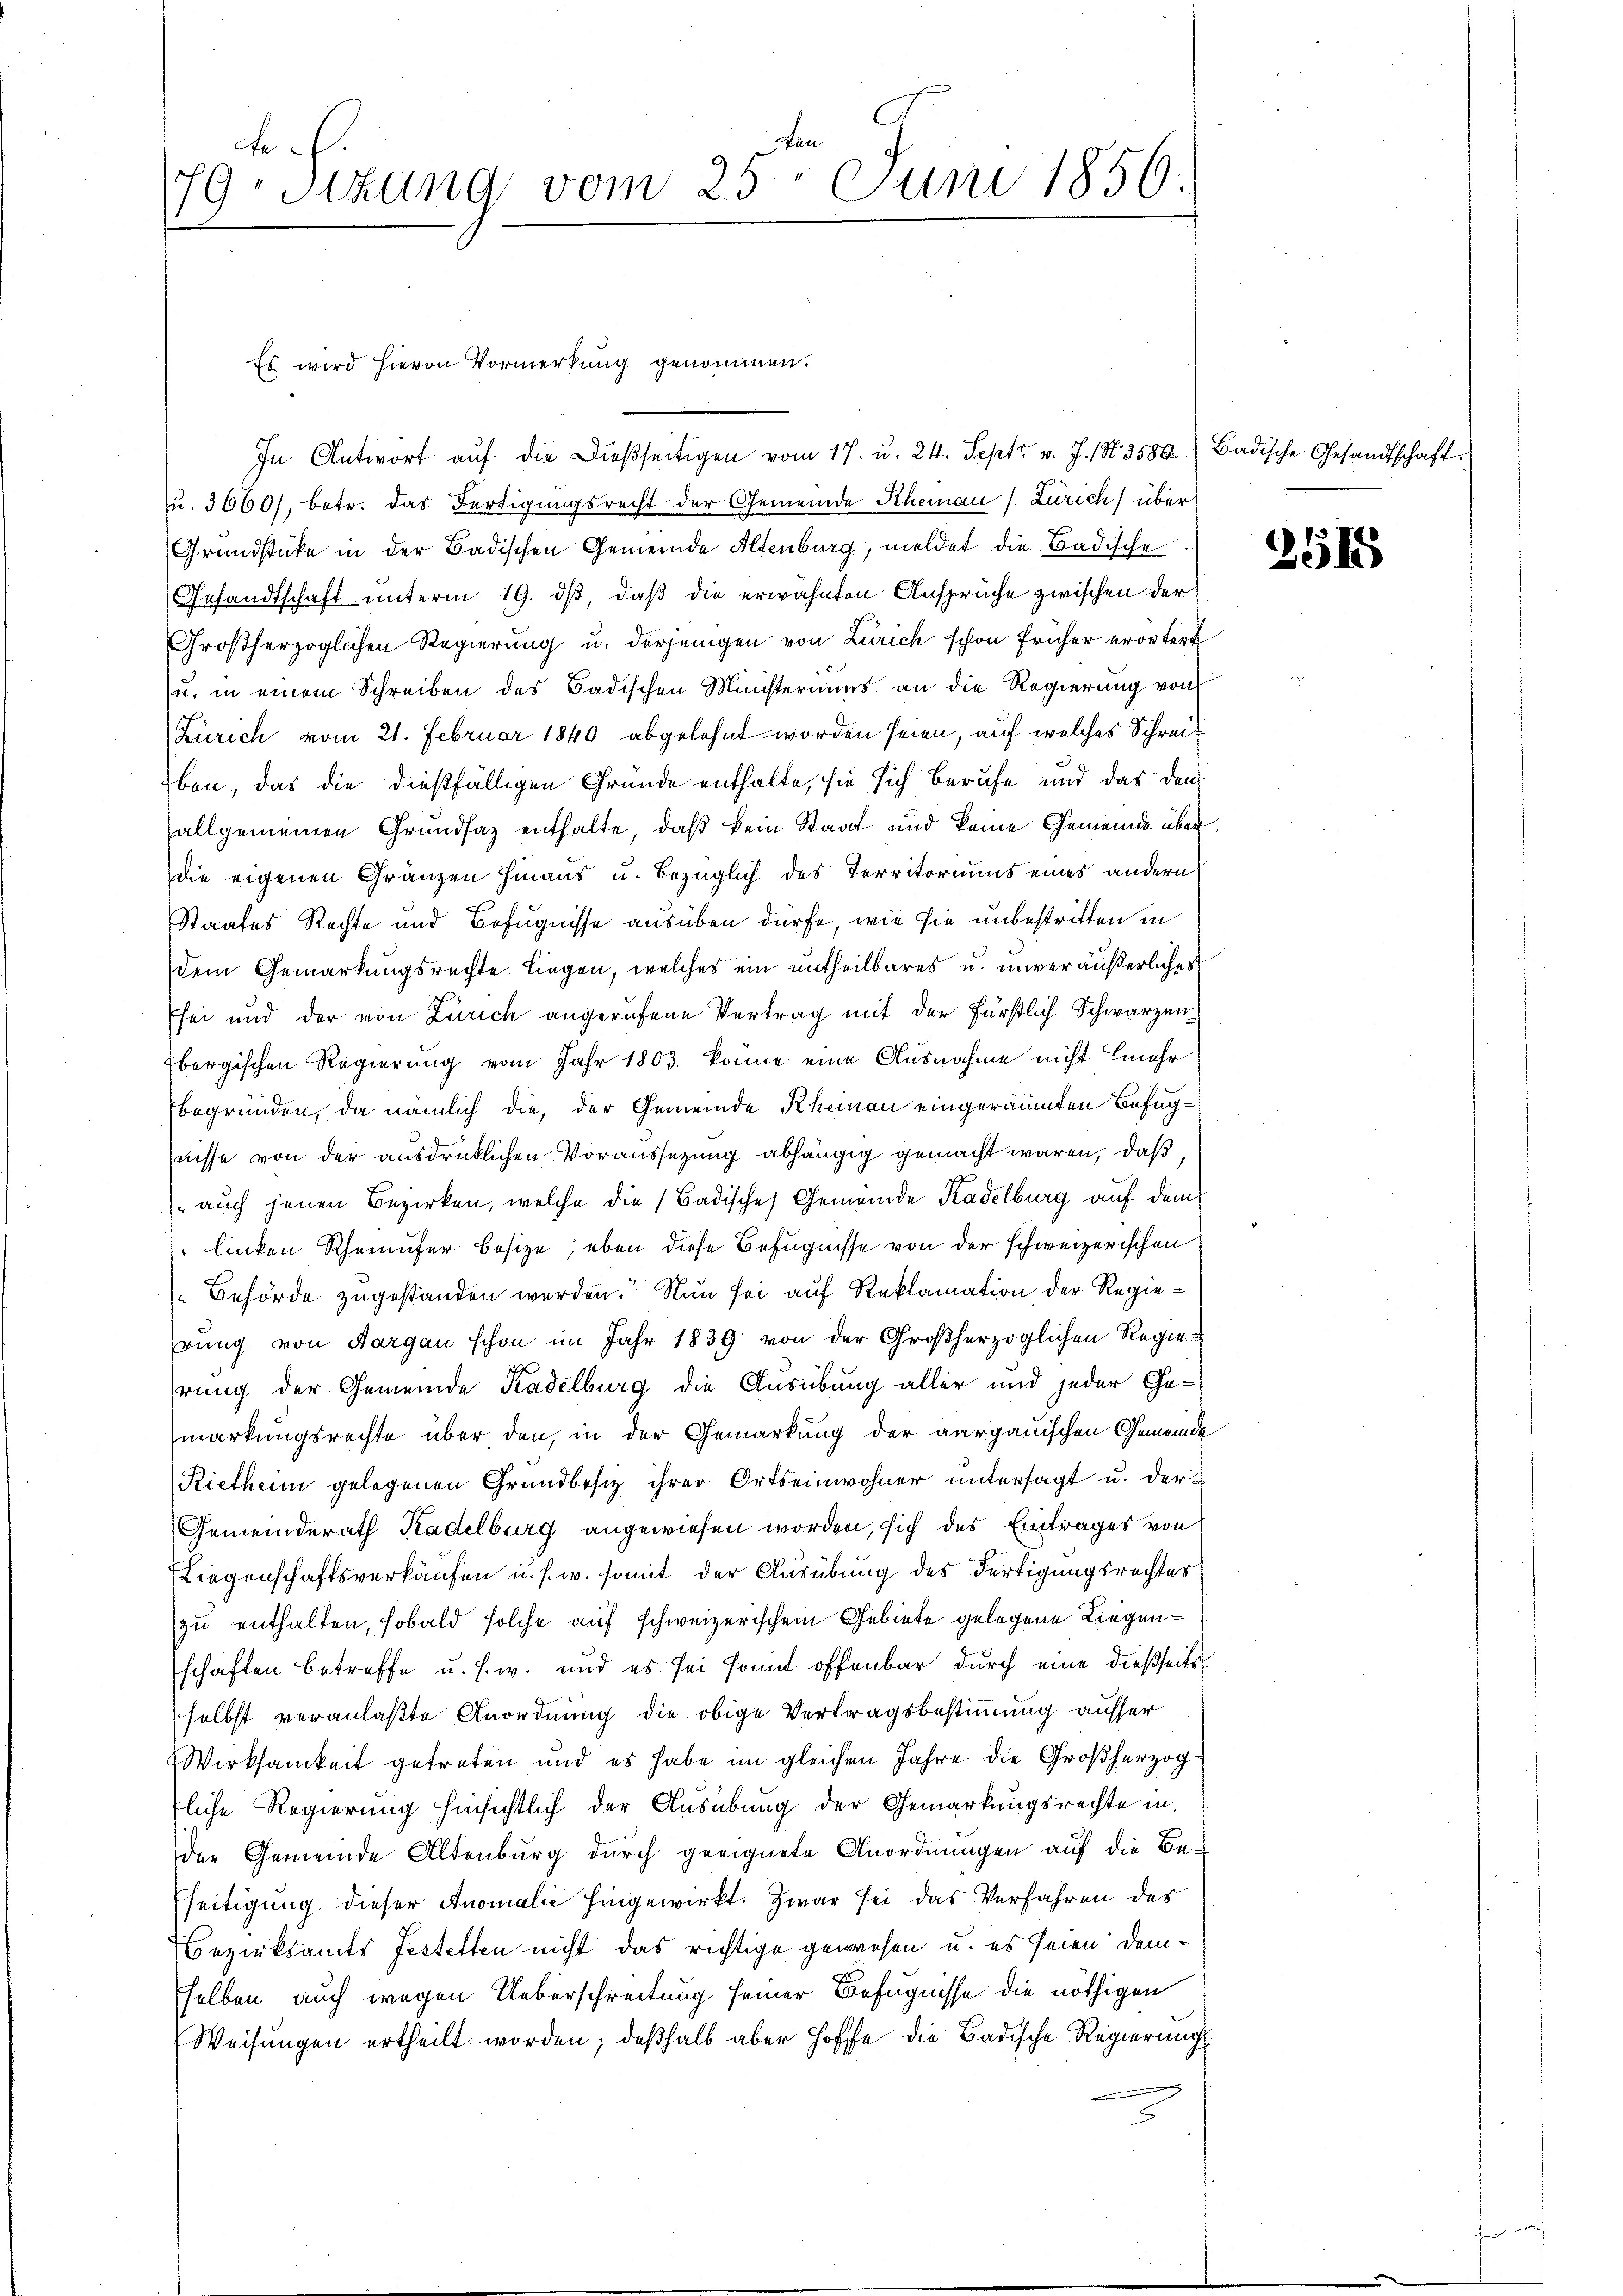
en
e
79. Sitzung vom 25. Juni 1856.

In Antwort aŭf die dießseitigen vom 17. u. 24. Sept. v. J. N. 3580.) Badische Gesandtschaft
u. 3660), betr. das Fertigungsrecht der Gemeinde Rheinau (Zürich) über
Grundstücke in der Badischen Gemeinde Altenburg, meldet die Badische
Gesandtschaft unterm 19. ds, daß die erwähnten Ansprüche zwischen der
Großherzoglichen Regierung u. derjenigen von Zürich schon früher erörtert
u. in einem Schreiben des Badischen Ministeriums an die Regierung von
Zürich vom 21. Februar 1840 abgelehnt worden seien, auf welches Schreiben, das die dießfälligen Gründe enthalte, sie sich berufe und das den
allgemeinen Grundsaz enthalte, daß kein Staat und keine Gemeinde über
die eigenen Gränzen hinaus u. bezüglich des Territoriums eines andern
Staates Rechte und Befugnisse ausüben dürfe, wie sie unbestritten in
dem Gemarkungsrechte liegen, welches ein untheilbares u. unveräußerliches
sei und der von Zürich angerufene Vertrag mit der Fürstlich Schwarzenbergischen Regierung vom Jahr 1803 könne eine Ausnahme nicht mehr
begründen, da nämlich die, der Gemeinde Rheinau eingeräumten Befugnisse von der ausdrücklichen Voraussetzung abhängig gemacht waren, daß
 auch jenen Bezirken, welche die Badische Gemeinde Kadelburg auf dem
linken Rheinufer besize; eben diese Befugnisse von der schweizerischen
Behörde zugestanden werden. Nun sei auf Reklamation der Regierung von Aargau schon im Jahr 1839 von der Großherzoglichen Regiehrung der Gemeinde Kadelburg die Ausübung aller und jeder Gemarkungsrechte über den, in der Gemarkung der aargauischen Gemeinde
Rietheim gelegenen Grundbesiz ihrer Ortseinwohner untersagt u. der
Gemeinderath Kadelburg angewiesen worden, sich des Eintrages von
Liegenschaftsverkaufen u. s. w. somit der Ausübung des Fertigungsrechter
zu enthalten, sobald solche auf schweizerischem Gebiete gelegene Liegenschaften betreffe u. s. w. und es sei sont offenbar durch eine dießseits
selbst veranlaßte Anordnung die obige Vertragsbestimmung ausser
Wirksamkeit getreten und es habe im gleichen Jahre die Großherzogfliche Regierung hinsichtlich der Ausübung der Gemarkungsrechte in
der Gemeinde Altenburg durch geeignete Anordnungen auf die Be¬
Eseitigung dieser Anomalić hingewirkt. Zwar sei das Verfahren des
Bezirksamts Festetten nicht das richtige gewesen u. es seien demselben auch wegen Ueberschreitung seiner Befugnisse die nöthigen
Weisungen ertheilt worden; deßhalb aber Hoffe die Badische Regierungs¬

Es wird hievon Vormerkung genommen.

2515